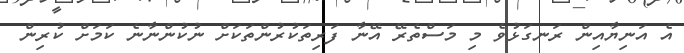
އެ އަނިޔާއިން ރަނގަޅުވެ މި މަސްތެރޭ އޭނާ ފަރިތަކުރުންތަކަށް ނުކުންނާނެ ކަމަށް ކުރިން